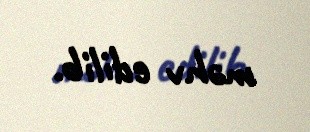
məhv edilib.